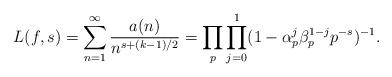
LaTeX: \begin{align*}L(f,s)=\sum_{n=1}^\infty \frac{a(n)}{n^{s+(k-1)/2}}=\prod_{p}\prod_{j=0}^1 (1-\alpha_p^j\beta_p^{1-j}p^{-s})^{-1}.\end{align*}